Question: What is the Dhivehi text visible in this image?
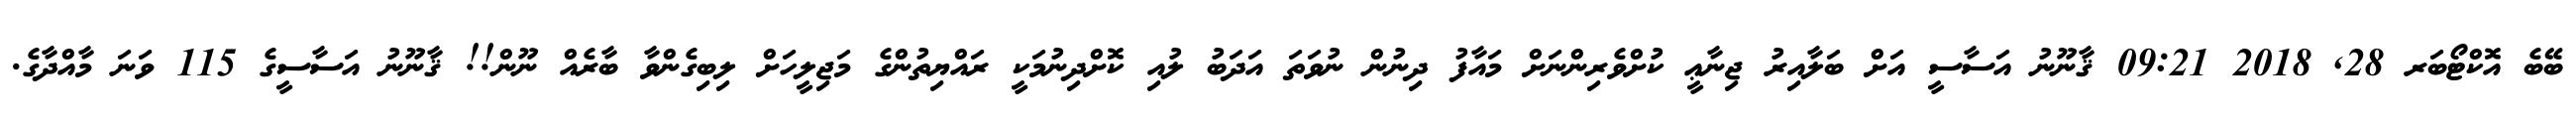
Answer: ބޭބެ އޮކްޓޯބަރ 28, 2018 09:21 ޤާނޫނު އަސާސީ އަށް ބަލާއިރު ޖިނާޢީ ކުށްވެރިންނަށް މައާފު ދިނުން ނުވަތަ އަދަބު ލުއި ކޮށްދިނުމަކީ ރައްޔިތުންގެ މަޖިލީހަށް ލިބިގެންވާ ބާރެއް ނޫން!! ޤާނޫނު އަސާސީގެ 115 ވަނަ މާއްދާގެ.